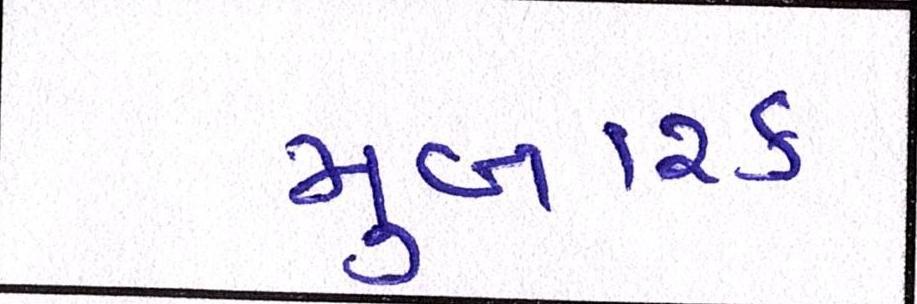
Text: મુબારક